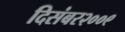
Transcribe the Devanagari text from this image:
दिसंबर२००९